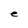
Character: e